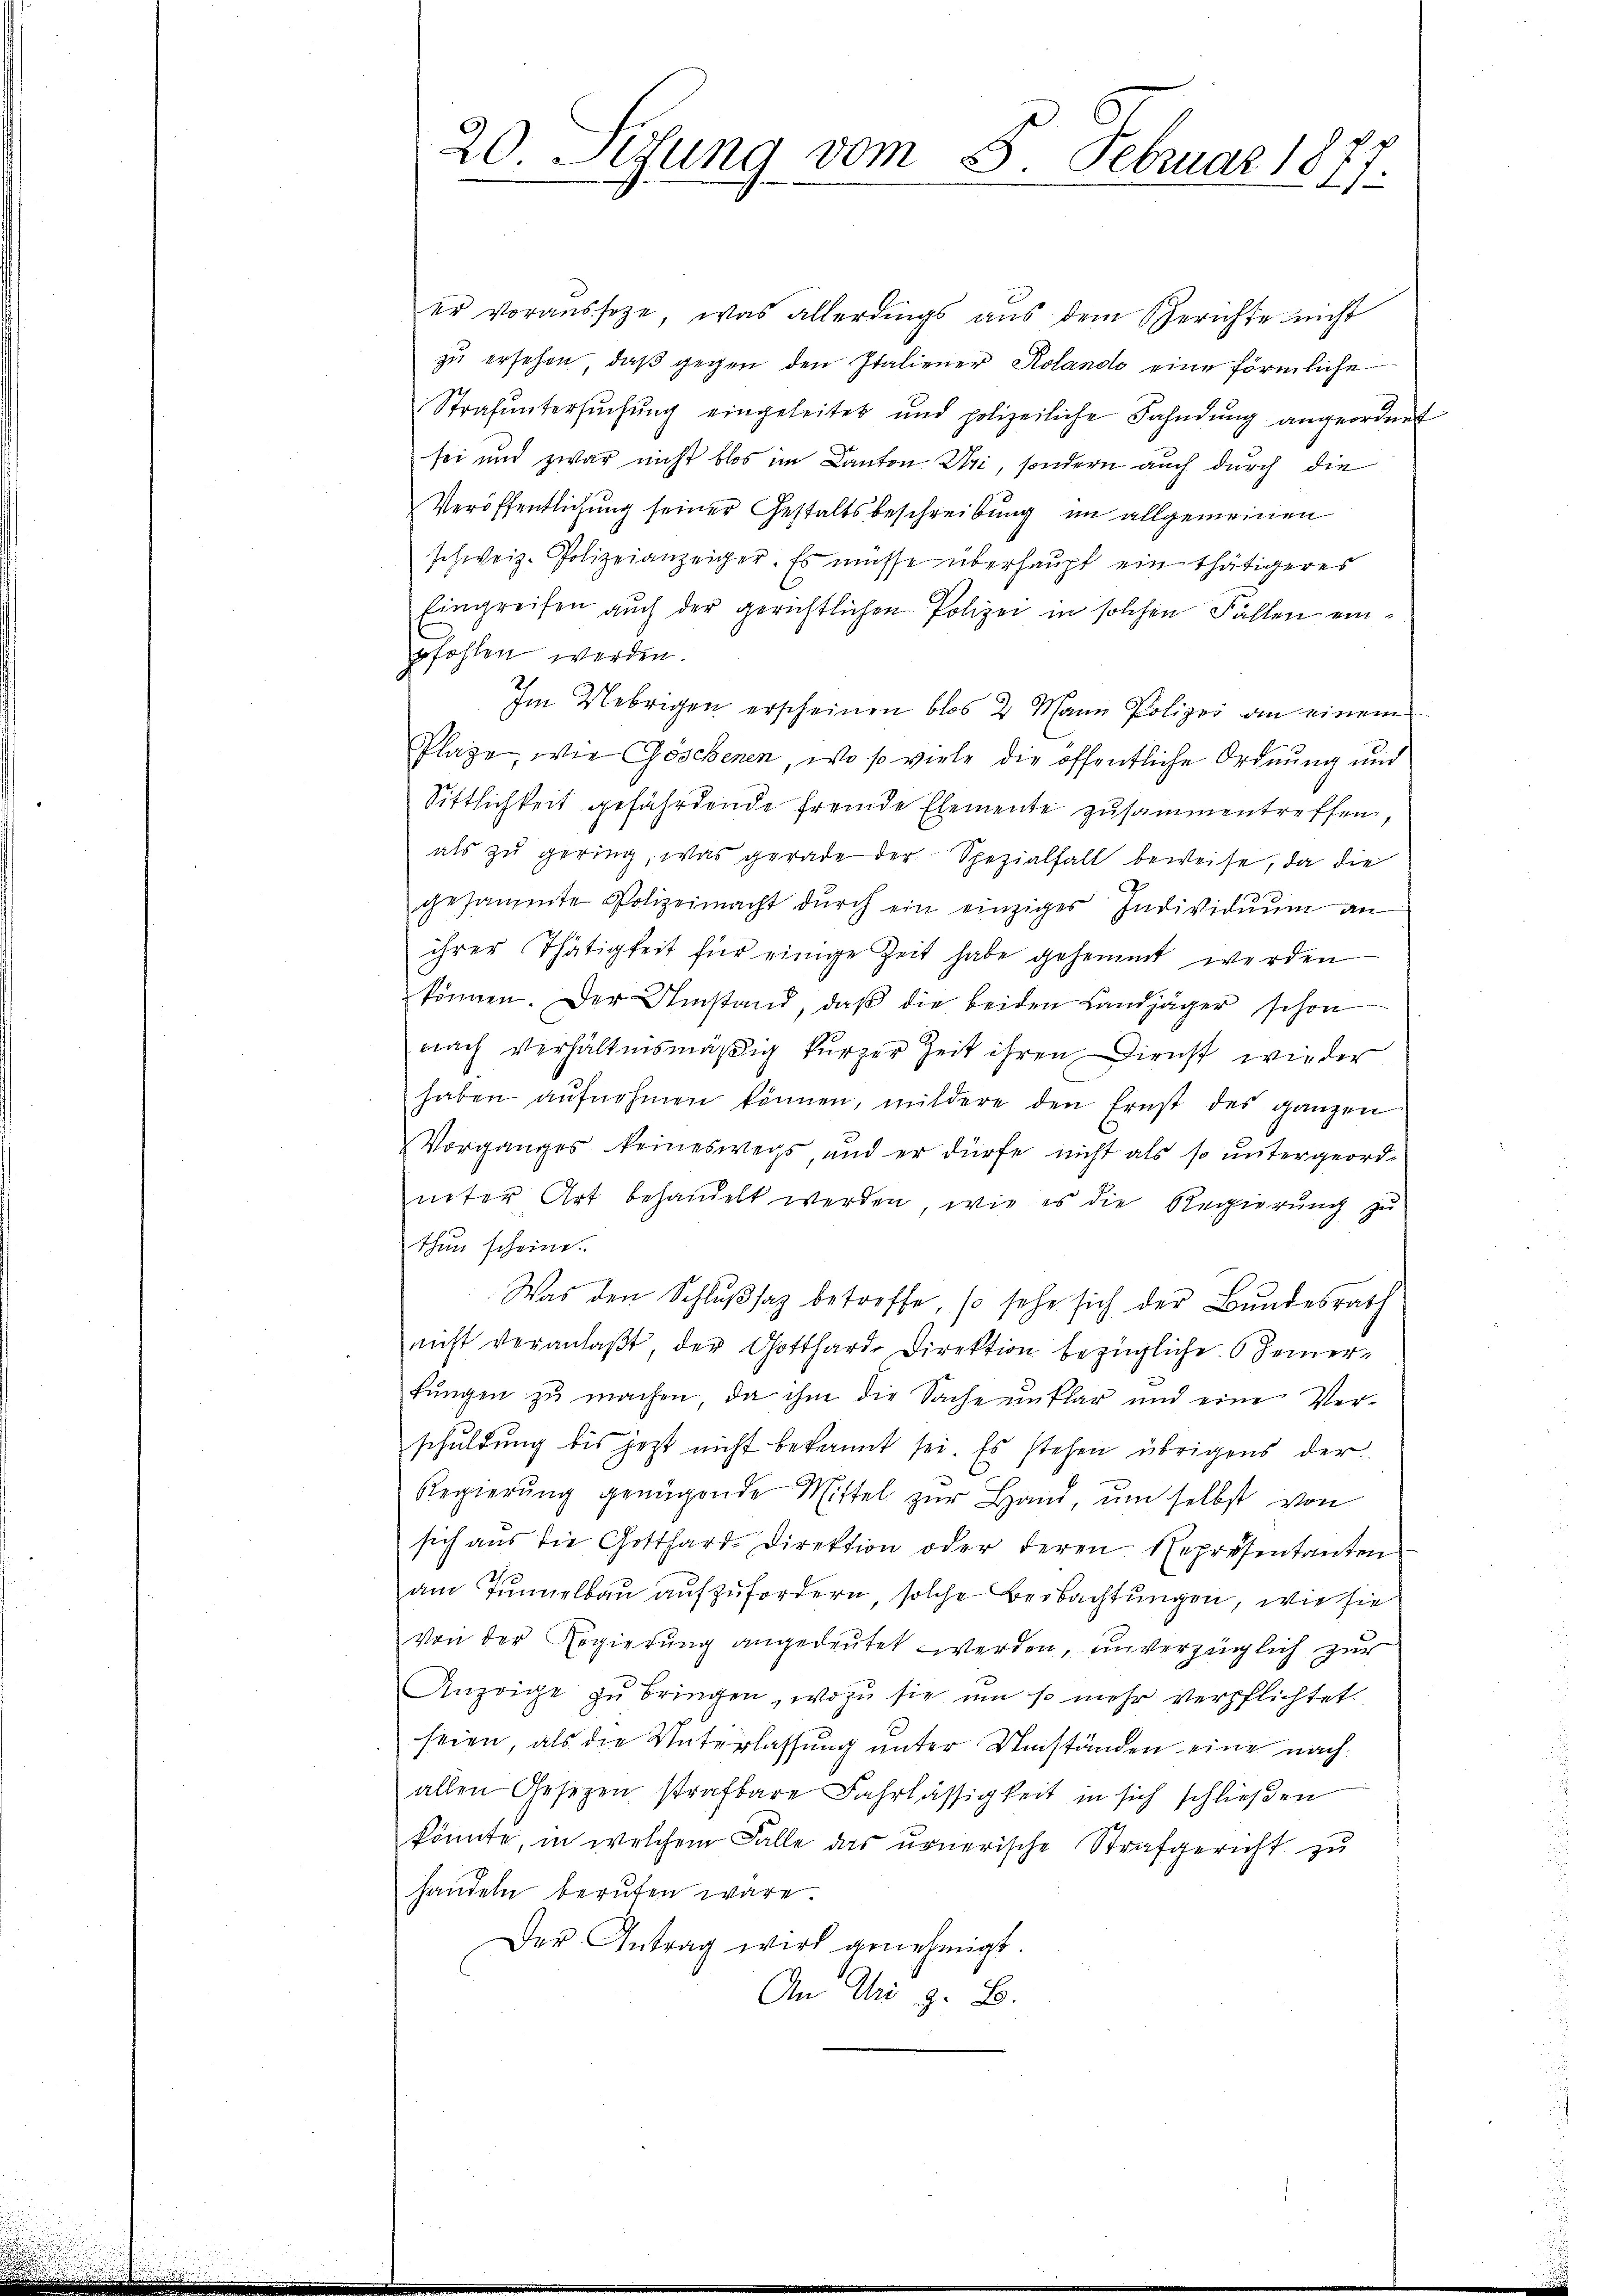
20. Setzung vom 8. Februar 1877.

er vorausseze, was allerdings aus dem Gerichte nicht
zŭ ersehen, daβ gegen den Italiener Kolando eine förmliche
Strafŭntersŭchŭng eingeleitet und polizeiliche Fahndŭng angeordnet
sei und zwar nicht blos im Canton Uri, sondern auch durch die
Veröffentlichung seiner Gestaltsbeschreibung im allgemeinen
schweiz. Polizeianzeiger. Es müsse überhaupt ein thätigeres
Eingreifen auch der gerichtlichen Polizei in solchen Fällen einpfohlen werden.
Im Uebrigen erscheinen blos 2 Mann Polizei an einem
Plaze, wie Göschenen, wo so viele die öffentliche Ordnung und
Sittlichkeit gefährdende fremde Elemente zusammentreffen,
als zu gering, was gerade der Spezialfall beweise, da die
gesammte Polizeimacht dŭrch ein einziges Individuum an
ihrer Thätigkeit für einige Zeit habe gehemmt werden
können. Der Umstand, daβ die beiden Landjäger schon
nach verhältnismäßig kurzer Zeit ihren Dienst wieder
haben aŭfnahmen können, mildere den Ernst des ganzen
Vorganges keineswegs, und er dürfe nicht als so untergeord-
neter Art behandelt werden, wie es die Regierung zu
thun scheine.
Was den Schlußsaz betreffe, so sehe sich der Bundesrath
nicht veranlaßt, der Gotthard Direktion bezügliche Feierfungen zu machen, da ihm die Sache unklar und eine Verschuldung bis jetzt nicht bekannt sei. Es stehen übrigens der
Regierŭng genügende Mittel zŭr Hand, um selbst von
sich aŭs die Gotthard-Direktion oder deren Repräsentanten
am Tunnelbau aufzufordern, solche Beobachtungen, wie sie
von der Regierung angedeutet werden, unverzüglich zur
Anzeige zu bringen, wozu sie um so mehr verpflichtet
seien, als die Unterlassung unter Umständen eine nachallen Gesezen strafbare Fahrlässigkeit in sich schließen
könnte, in welchem Falle das urnerische Strafgericht zu
handeln berufen wäre.
Der Antrag wird genehmigt.
An Uri z. B.